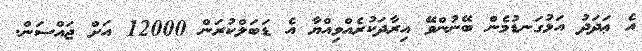
އެ ޢަދަދު އަޅުގަނޑުމެން ބޭނުންވޭ އިރާދަކުރެއްވިއްޔާ އެ ޑަބަލްކުރަން 12000 އަށް ޖައްސަން.